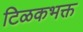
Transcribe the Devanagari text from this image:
टिळकभक्त